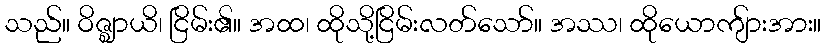
သည်။ ဝိဇ္ဈာယိ၊ ငြိမ်း၏။ အထ၊ ထိုသို့ငြိမ်းလတ်သော်။ အဿ၊ ထိုယောကျ်ားအား။